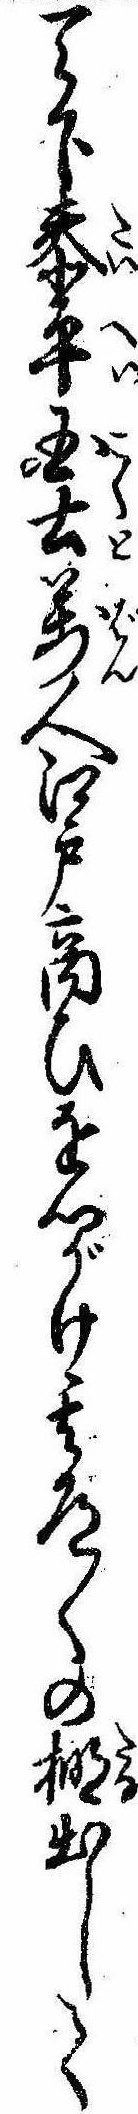
天下泰平国土万人江戸商ひを心がけ其道〱の棚出して